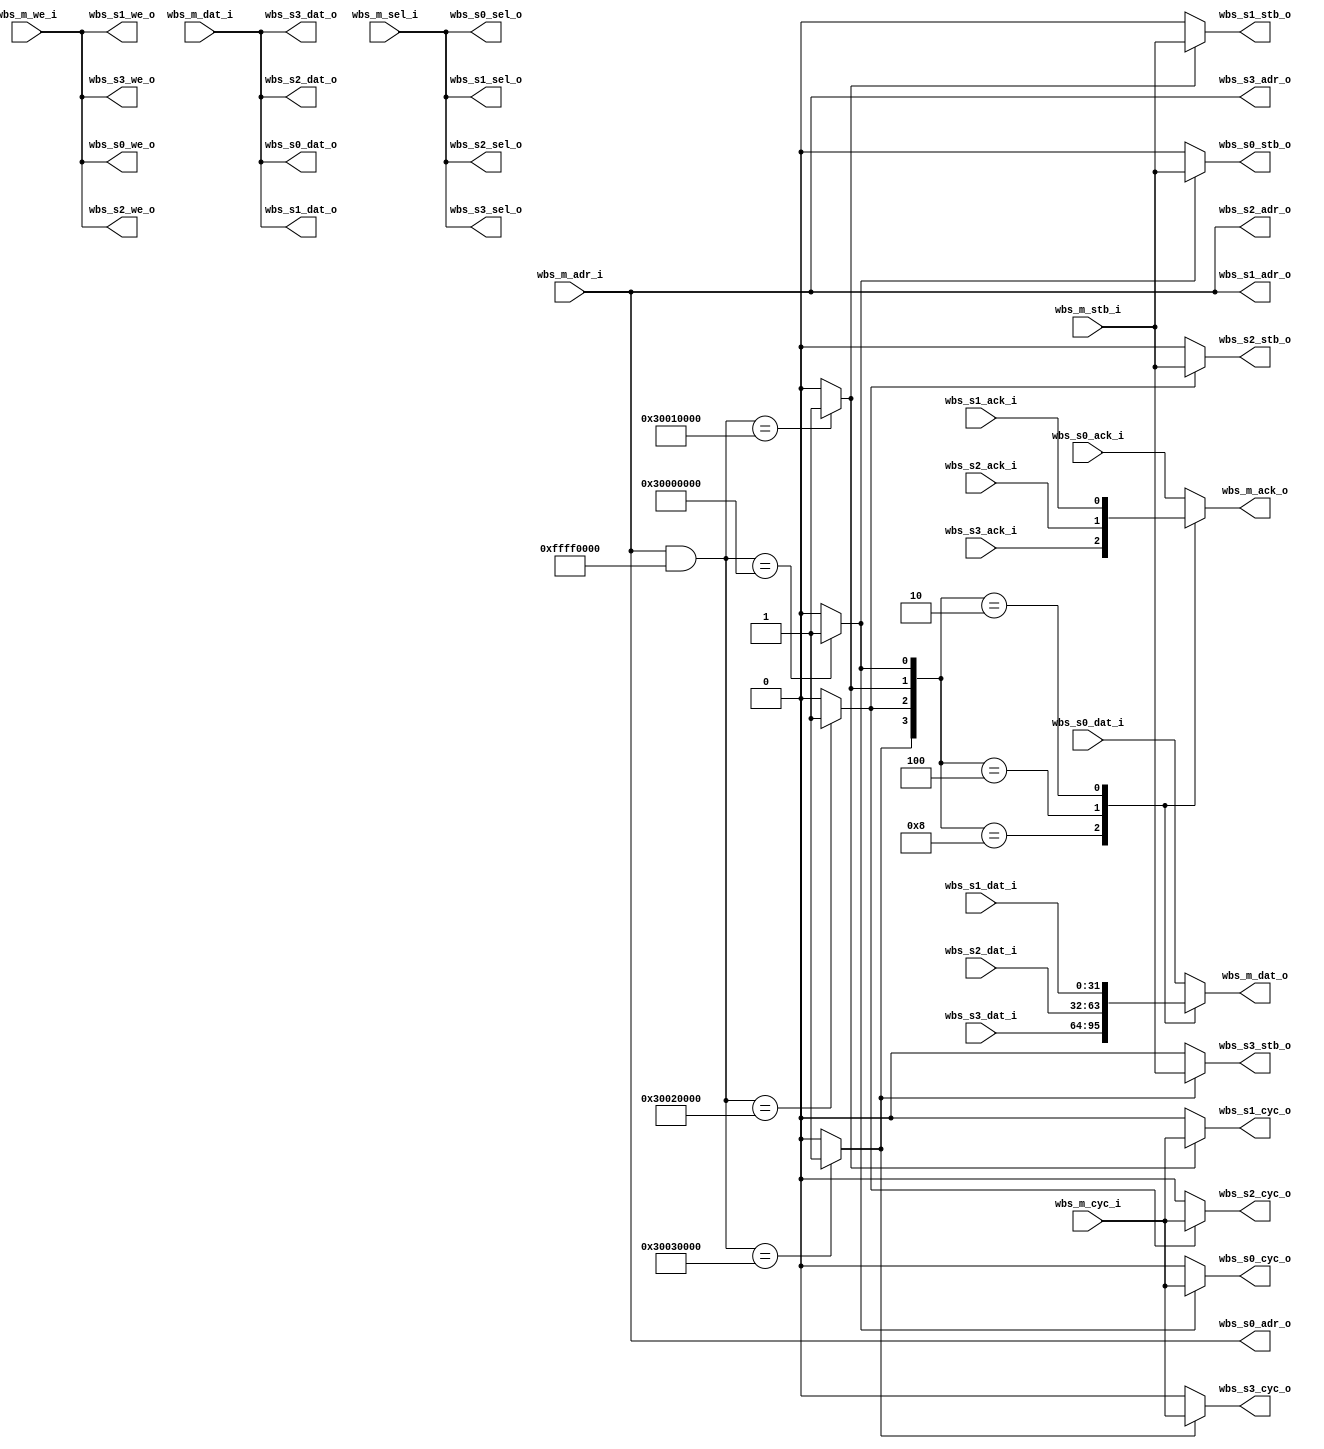
module wishbone_1mst_to_4slv #(
  parameter [31:0] ADDR_S0 = 32'h30000000 , // Base address of Wishbone SLV 0
  parameter [31:0] MASK_S0 = 32'hFFFF0000 , // Mask address of Wishbone SLV 0
  parameter [31:0] ADDR_S1 = 32'h30010000 , // Base address of Wishbone SLV 1
  parameter [31:0] MASK_S1 = 32'hFFFF0000 , // Mask address of Wishbone SLV 1
  parameter [31:0] ADDR_S2 = 32'h30020000 , // Base address of Wishbone SLV 2
  parameter [31:0] MASK_S2 = 32'hFFFF0000 , // Mask address of Wishbone SLV 2
  parameter [31:0] ADDR_S3 = 32'h30030000 , // Base address of Wishbone SLV 3
  parameter [31:0] MASK_S3 = 32'hFFFF0000   // Mask address of Wishbone SLV 3
)(
  
  // Wishbone MST interface
  input  wire           wbs_m_cyc_i  , // Wishbone MST strobe/request
  input  wire           wbs_m_stb_i  , // Wishbone MST strobe/request
  input  wire [31:0]    wbs_m_adr_i  , // Wishbone MST address
  input  wire           wbs_m_we_i   , // Wishbone MST write (1:write, 0:read)
  input  wire [31:0]    wbs_m_dat_i  , // Wishbone MST data output
  input  wire [3:0]     wbs_m_sel_i  , // Wishbone MST byte enable
  output reg  [31:0]    wbs_m_dat_o  , // Wishbone MST data input
  output reg            wbs_m_ack_o  , // Wishbone MST acknowlegement

  // Wishbone SLV 0 interface
  output wire           wbs_s0_cyc_o , // Wishbone SLV 0 strobe/request
  output wire           wbs_s0_stb_o , // Wishbone SLV 0 strobe/request
  output wire [31:0]    wbs_s0_adr_o , // Wishbone SLV 0 address
  output wire           wbs_s0_we_o  , // Wishbone SLV 0 write (1:write, 0:read)
  output wire [31:0]    wbs_s0_dat_o , // Wishbone SLV 0 data output
  output wire [3:0]     wbs_s0_sel_o , // Wishbone SLV 0 byte enable
  input  wire [31:0]    wbs_s0_dat_i , // Wishbone SLV 0 data input
  input  wire           wbs_s0_ack_i , // Wishbone SLV 0 acknowlegement

  // Wishbone SLV 1 interface
  output wire           wbs_s1_cyc_o , // Wishbone SLV 1 strobe/request
  output wire           wbs_s1_stb_o , // Wishbone SLV 1 strobe/request
  output wire [31:0]    wbs_s1_adr_o , // Wishbone SLV 1 address
  output wire           wbs_s1_we_o  , // Wishbone SLV 1 write (1:write, 0:read)
  output wire [31:0]    wbs_s1_dat_o , // Wishbone SLV 1 data output
  output wire [3:0]     wbs_s1_sel_o , // Wishbone SLV 1 byte enable
  input  wire [31:0]    wbs_s1_dat_i , // Wishbone SLV 1 data input
  input  wire           wbs_s1_ack_i , // Wishbone SLV 1 acknowlegement

  // Wishbone SLV 2 interface
  output wire           wbs_s2_cyc_o , // Wishbone SLV 2 strobe/request
  output wire           wbs_s2_stb_o , // Wishbone SLV 2 strobe/request
  output wire [31:0]    wbs_s2_adr_o , // Wishbone SLV 2 address
  output wire           wbs_s2_we_o  , // Wishbone SLV 2 write (1:write, 0:read)
  output wire [31:0]    wbs_s2_dat_o , // Wishbone SLV 2 data output
  output wire [3:0]     wbs_s2_sel_o , // Wishbone SLV 2 byte enable
  input  wire [31:0]    wbs_s2_dat_i , // Wishbone SLV 2 data input
  input  wire           wbs_s2_ack_i , // Wishbone SLV 2 acknowlegement

  // Wishbone SLV 3 interface
  output wire           wbs_s3_cyc_o , // Wishbone SLV 3 strobe/request
  output wire           wbs_s3_stb_o , // Wishbone SLV 3 strobe/request
  output wire [31:0]    wbs_s3_adr_o , // Wishbone SLV 3 address
  output wire           wbs_s3_we_o  , // Wishbone SLV 3 write (1:write, 0:read)
  output wire [31:0]    wbs_s3_dat_o , // Wishbone SLV 3 data output
  output wire [3:0]     wbs_s3_sel_o , // Wishbone SLV 3 byte enable
  input  wire [31:0]    wbs_s3_dat_i , // Wishbone SLV 3 data input
  input  wire           wbs_s3_ack_i   // Wishbone SLV 3 acknowlegement

);

  wire [3:0] selected;

  assign selected[0] = ((wbs_m_adr_i & MASK_S0) == (ADDR_S0 & MASK_S0)) ? 1'b1 : 1'b0;
  assign selected[1] = ((wbs_m_adr_i & MASK_S1) == (ADDR_S1 & MASK_S1)) ? 1'b1 : 1'b0;
  assign selected[2] = ((wbs_m_adr_i & MASK_S2) == (ADDR_S2 & MASK_S2)) ? 1'b1 : 1'b0;
  assign selected[3] = ((wbs_m_adr_i & MASK_S3) == (ADDR_S3 & MASK_S3)) ? 1'b1 : 1'b0;

  assign wbs_s0_cyc_o = (selected[0] == 1'b1) ? wbs_m_cyc_i : 1'b0;
  assign wbs_s1_cyc_o = (selected[1] == 1'b1) ? wbs_m_cyc_i : 1'b0;
  assign wbs_s2_cyc_o = (selected[2] == 1'b1) ? wbs_m_cyc_i : 1'b0;
  assign wbs_s3_cyc_o = (selected[3] == 1'b1) ? wbs_m_cyc_i : 1'b0;
  
  assign wbs_s0_stb_o = (selected[0] == 1'b1) ? wbs_m_stb_i : 1'b0;
  assign wbs_s1_stb_o = (selected[1] == 1'b1) ? wbs_m_stb_i : 1'b0;
  assign wbs_s2_stb_o = (selected[2] == 1'b1) ? wbs_m_stb_i : 1'b0;
  assign wbs_s3_stb_o = (selected[3] == 1'b1) ? wbs_m_stb_i : 1'b0;
  
  assign wbs_s0_adr_o = wbs_m_adr_i;
  assign wbs_s1_adr_o = wbs_m_adr_i;
  assign wbs_s2_adr_o = wbs_m_adr_i;
  assign wbs_s3_adr_o = wbs_m_adr_i;
  
  assign wbs_s0_we_o = wbs_m_we_i;
  assign wbs_s1_we_o = wbs_m_we_i;
  assign wbs_s2_we_o = wbs_m_we_i;
  assign wbs_s3_we_o = wbs_m_we_i;
  
  assign wbs_s0_dat_o = wbs_m_dat_i;
  assign wbs_s1_dat_o = wbs_m_dat_i;
  assign wbs_s2_dat_o = wbs_m_dat_i;
  assign wbs_s3_dat_o = wbs_m_dat_i;
  
  assign wbs_s0_sel_o = wbs_m_sel_i;
  assign wbs_s1_sel_o = wbs_m_sel_i;
  assign wbs_s2_sel_o = wbs_m_sel_i;
  assign wbs_s3_sel_o = wbs_m_sel_i;

  always @(*) begin
      case (selected)
      4'b1000 : begin
        wbs_m_dat_o  <= wbs_s3_dat_i;
        wbs_m_ack_o  <= wbs_s3_ack_i;
      end
      4'b0100 : begin
        wbs_m_dat_o  <= wbs_s2_dat_i;
        wbs_m_ack_o  <= wbs_s2_ack_i;
      end
      4'b0010 : begin
        wbs_m_dat_o  <= wbs_s1_dat_i;
        wbs_m_ack_o  <= wbs_s1_ack_i;
      end
      default : begin
        wbs_m_dat_o  <= wbs_s0_dat_i;
        wbs_m_ack_o  <= wbs_s0_ack_i;
      end
    endcase
  end

endmodule